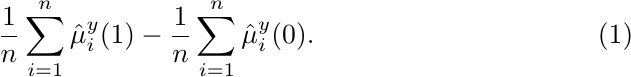
\begin{equation}
	\frac{1}{n} \sum_{i=1}^n \hat{\mu}^{y}_i(1) - \frac{1}{n} \sum_{i=1}^n \hat{\mu}^{y}_i(0).
\end{equation}